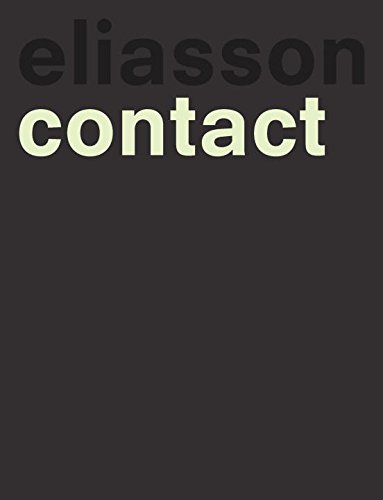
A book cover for Olafur Eliasson: Contact; Olafur Eliasson; Arts & Photography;